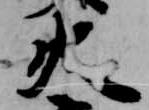
火